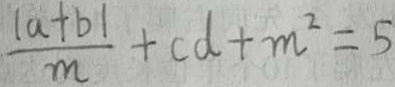
\frac { \vert a + b \vert } { m } + c d + m ^ { 2 } = 5